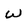
Character: w